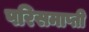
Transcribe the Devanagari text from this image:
परिसमाप्ती